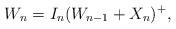
LaTeX: \begin{align*}W_n=I_n(W_{n-1}+X_n)^+,\end{align*}